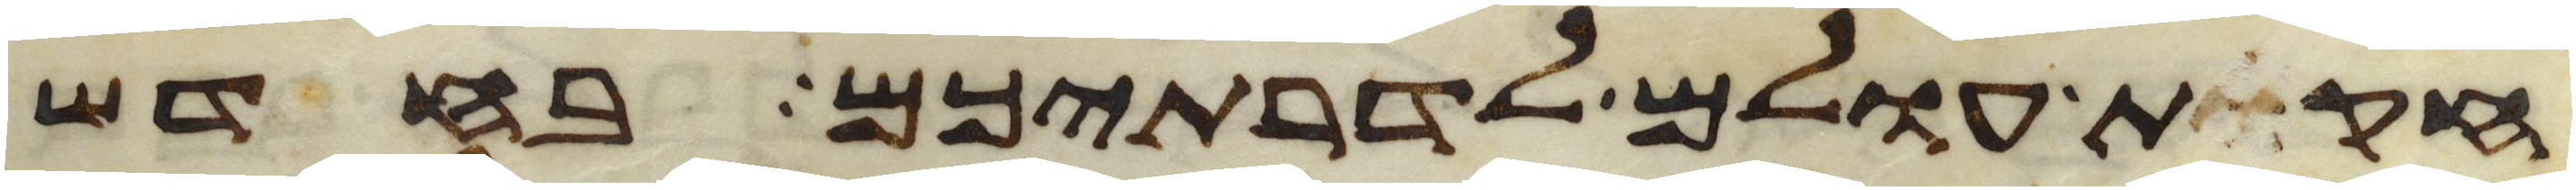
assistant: חקות עולם לדרתיכם בחדש